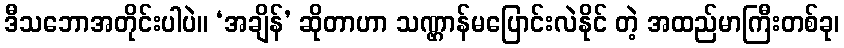
ဒီသဘောအတိုင်းပါပဲ။ ‘အချိန်’ ဆိုတာဟာ သဏ္ဌာန်မပြောင်းလဲနိုင် တဲ့ အထည်မာကြီးတစ်ခု၊